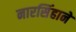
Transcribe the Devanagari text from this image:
नारसिंहाने